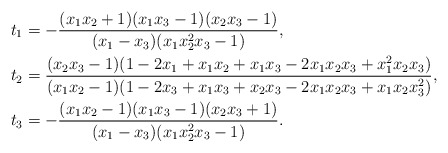
\begin{align*}t_1&=-\frac{(x_1x_2+1)(x_1x_3-1)(x_2x_3-1)}{(x_1-x_3)(x_1x_2^2x_3-1)},\\t_2&=\frac{(x_2x_3-1)(1-2x_1+x_1x_2+x_1x_3-2x_1x_2x_3+x_1^2x_2x_3)}{(x_1x_2-1)(1-2x_3+x_1x_3+x_2x_3-2x_1x_2x_3+x_1x_2x_3^2)},\\t_3&=-\frac{(x_1x_2-1)(x_1x_3-1)(x_2x_3+1)}{(x_1-x_3)(x_1x_2^2x_3-1)}.\end{align*}